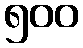
၅၀၀